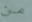
من